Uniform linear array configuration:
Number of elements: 4
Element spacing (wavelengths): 1
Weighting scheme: blackman
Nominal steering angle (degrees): -30
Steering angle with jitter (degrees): -28.314
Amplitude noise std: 0.05
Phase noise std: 0.05

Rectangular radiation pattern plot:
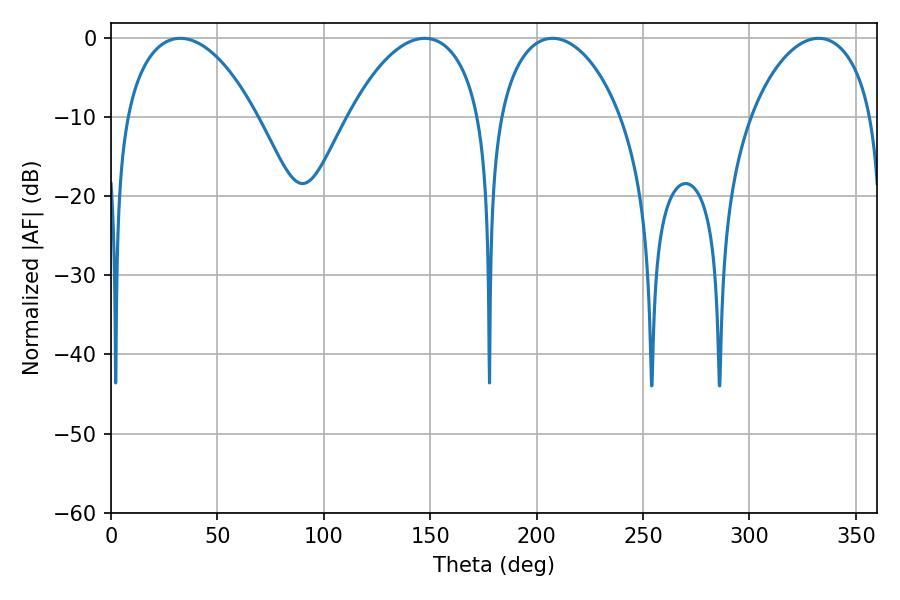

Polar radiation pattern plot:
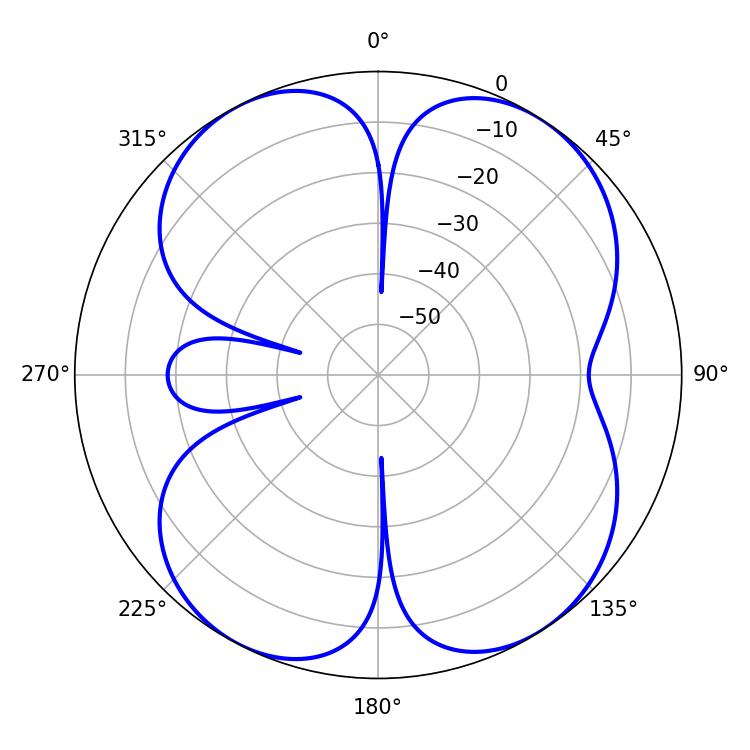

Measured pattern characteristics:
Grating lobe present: TRUE
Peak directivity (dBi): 10.983
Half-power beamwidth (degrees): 35.1
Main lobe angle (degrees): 32.58